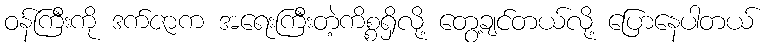
ဝန်ကြီးကို ဒက်ဇာက အရေးကြီးတဲ့ကိစ္စရှိလို့ တွေ့ချင်တယ်လို့ ပြောနေပါတယ်